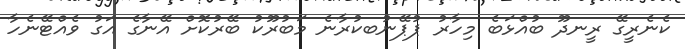
ކެނެރީގޭ ރީނދޫ ބުއްޅަބެ މިހާރު ޕުޕޭނުބކުރާނެ މަބުރޫކު ބޭރުކޮށް އޭނާގެ އަގު ވެއްޓޭނެހާ